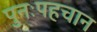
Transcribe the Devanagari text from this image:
पुनःपहचान